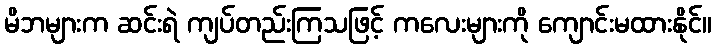
မိဘများက ဆင်းရဲ ကျပ်တည်းကြသဖြင့် ကလေးများကို ကျောင်းမထားနိုင်။